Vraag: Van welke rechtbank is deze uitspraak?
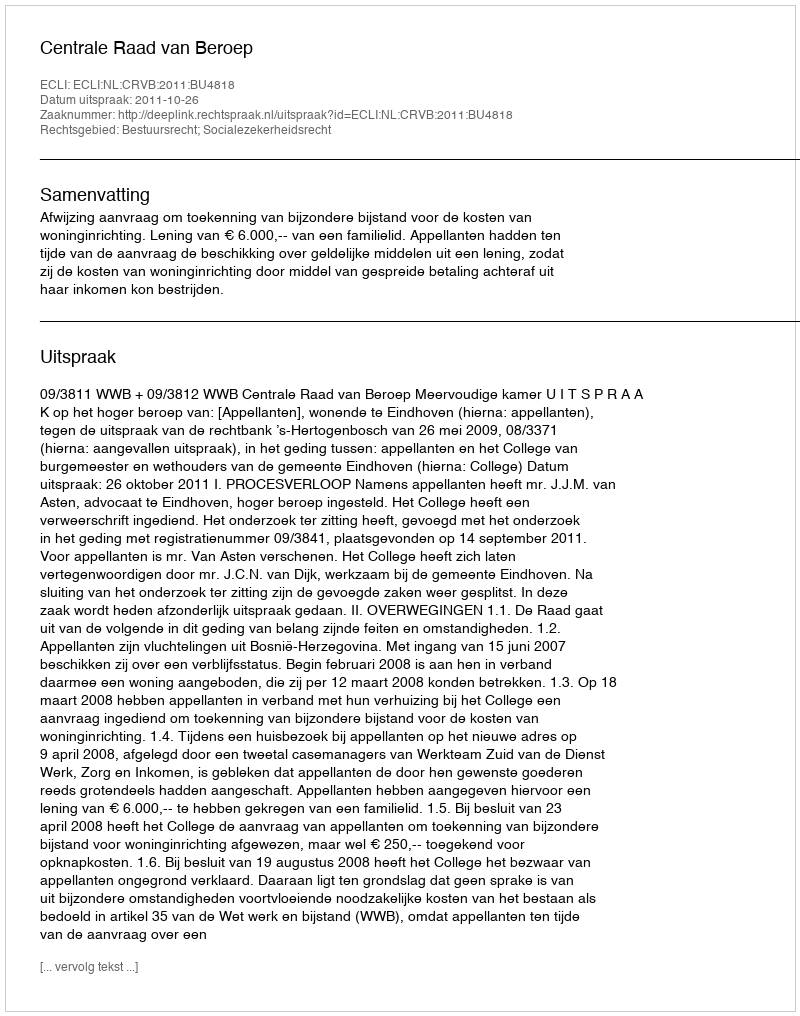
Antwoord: Centrale Raad van Beroep